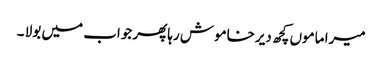
میرا ماموں کچھ دیرخاموش رہاپھر جواب میں بولا ۔